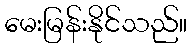
မေးမြန်းနိုင်သည်။